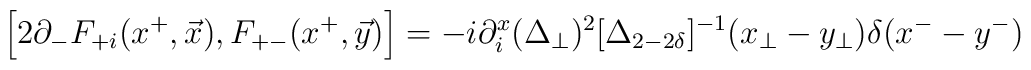
\left[2\partial_{-} F_{+i} (x^{+},\vec{x}),F_{+-}(x^{+},\vec{y}) \right] = - i\partial_i^x(\Delta_\perp)^2 [\Delta_{2-2\delta}]^{-1}(x_\perp- y_\perp) \delta({x^-} - y^-)